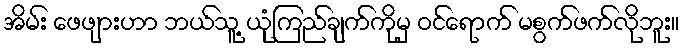
အိမ်း ဖေဖျားဟာ ဘယ်သူ့ ယုံကြည်ချက်ကိုမှ ဝင်ရောက် မစွက်ဖက်လိုဘူး။